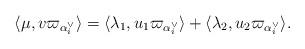
LaTeX: \begin{align*} \langle\mu,v\varpi_{\alpha_i^\vee}\rangle= \langle\lambda_1,u_1\varpi_{\alpha_i^\vee}\rangle+\langle\lambda_2,u_2\varpi_{\alpha_i^\vee}\rangle.\end{align*}